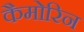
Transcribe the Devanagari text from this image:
कैमोरिन